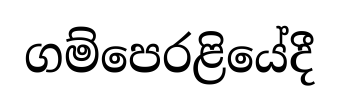
ගම්පෙරළියේදී